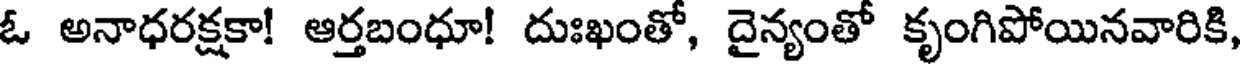
ఓ అనాధరక్షకా! ఆర్తబంధూ! దుఃఖంతో, దైన్యంతో కృంగిపోయినవారికి,